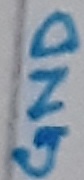
Text: GND